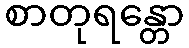
စာတုရန္တော